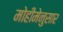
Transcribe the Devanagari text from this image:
मोहीमेनुसार